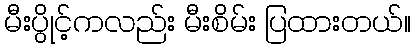
မီးပွိုင့်ကလည်း မီးစိမ်း ပြထားတယ်။